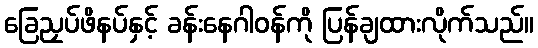
ခြေညှပ်ဖိနပ်နှင့် ခန်းနေဂါဝန်ကို ပြန်ချထားလိုက်သည်။